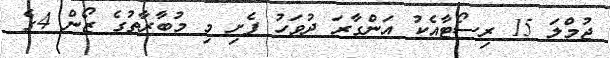
ޖުމްލަ 15 ރިސޯޓާއެކު އަންގާރަ ދުވަހު ފެށި މި މުބާރާތުގެ ޒޯން 4ގެ